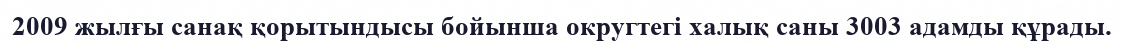
2009 жылғы санақ қорытындысы бойынша округтегі халық саны 3003 адамды құрады.